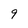
Character: 9